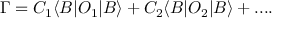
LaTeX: \Gamma = C _ { 1 } \langle B | O _ { 1 } | B \rangle + C _ { 2 } \langle B | O _ { 2 } | B \rangle + . . . .